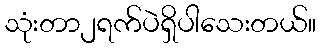
သုံးတာ၂ရက်ပဲရှိပါသေးတယ်။